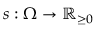
s : \Omega \to { \mathbb { R } _ { \geq 0 } }